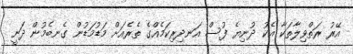
އޭރު ރަތްވިލާތަކާ އެކު ދުނިޔެ ފުސް އަނދިރިކަމެއްގެ ތެރެއަށް މަޑުމަޑުން ގެނބެމުން ދަނީ